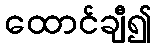
ထောင်ချီ၍